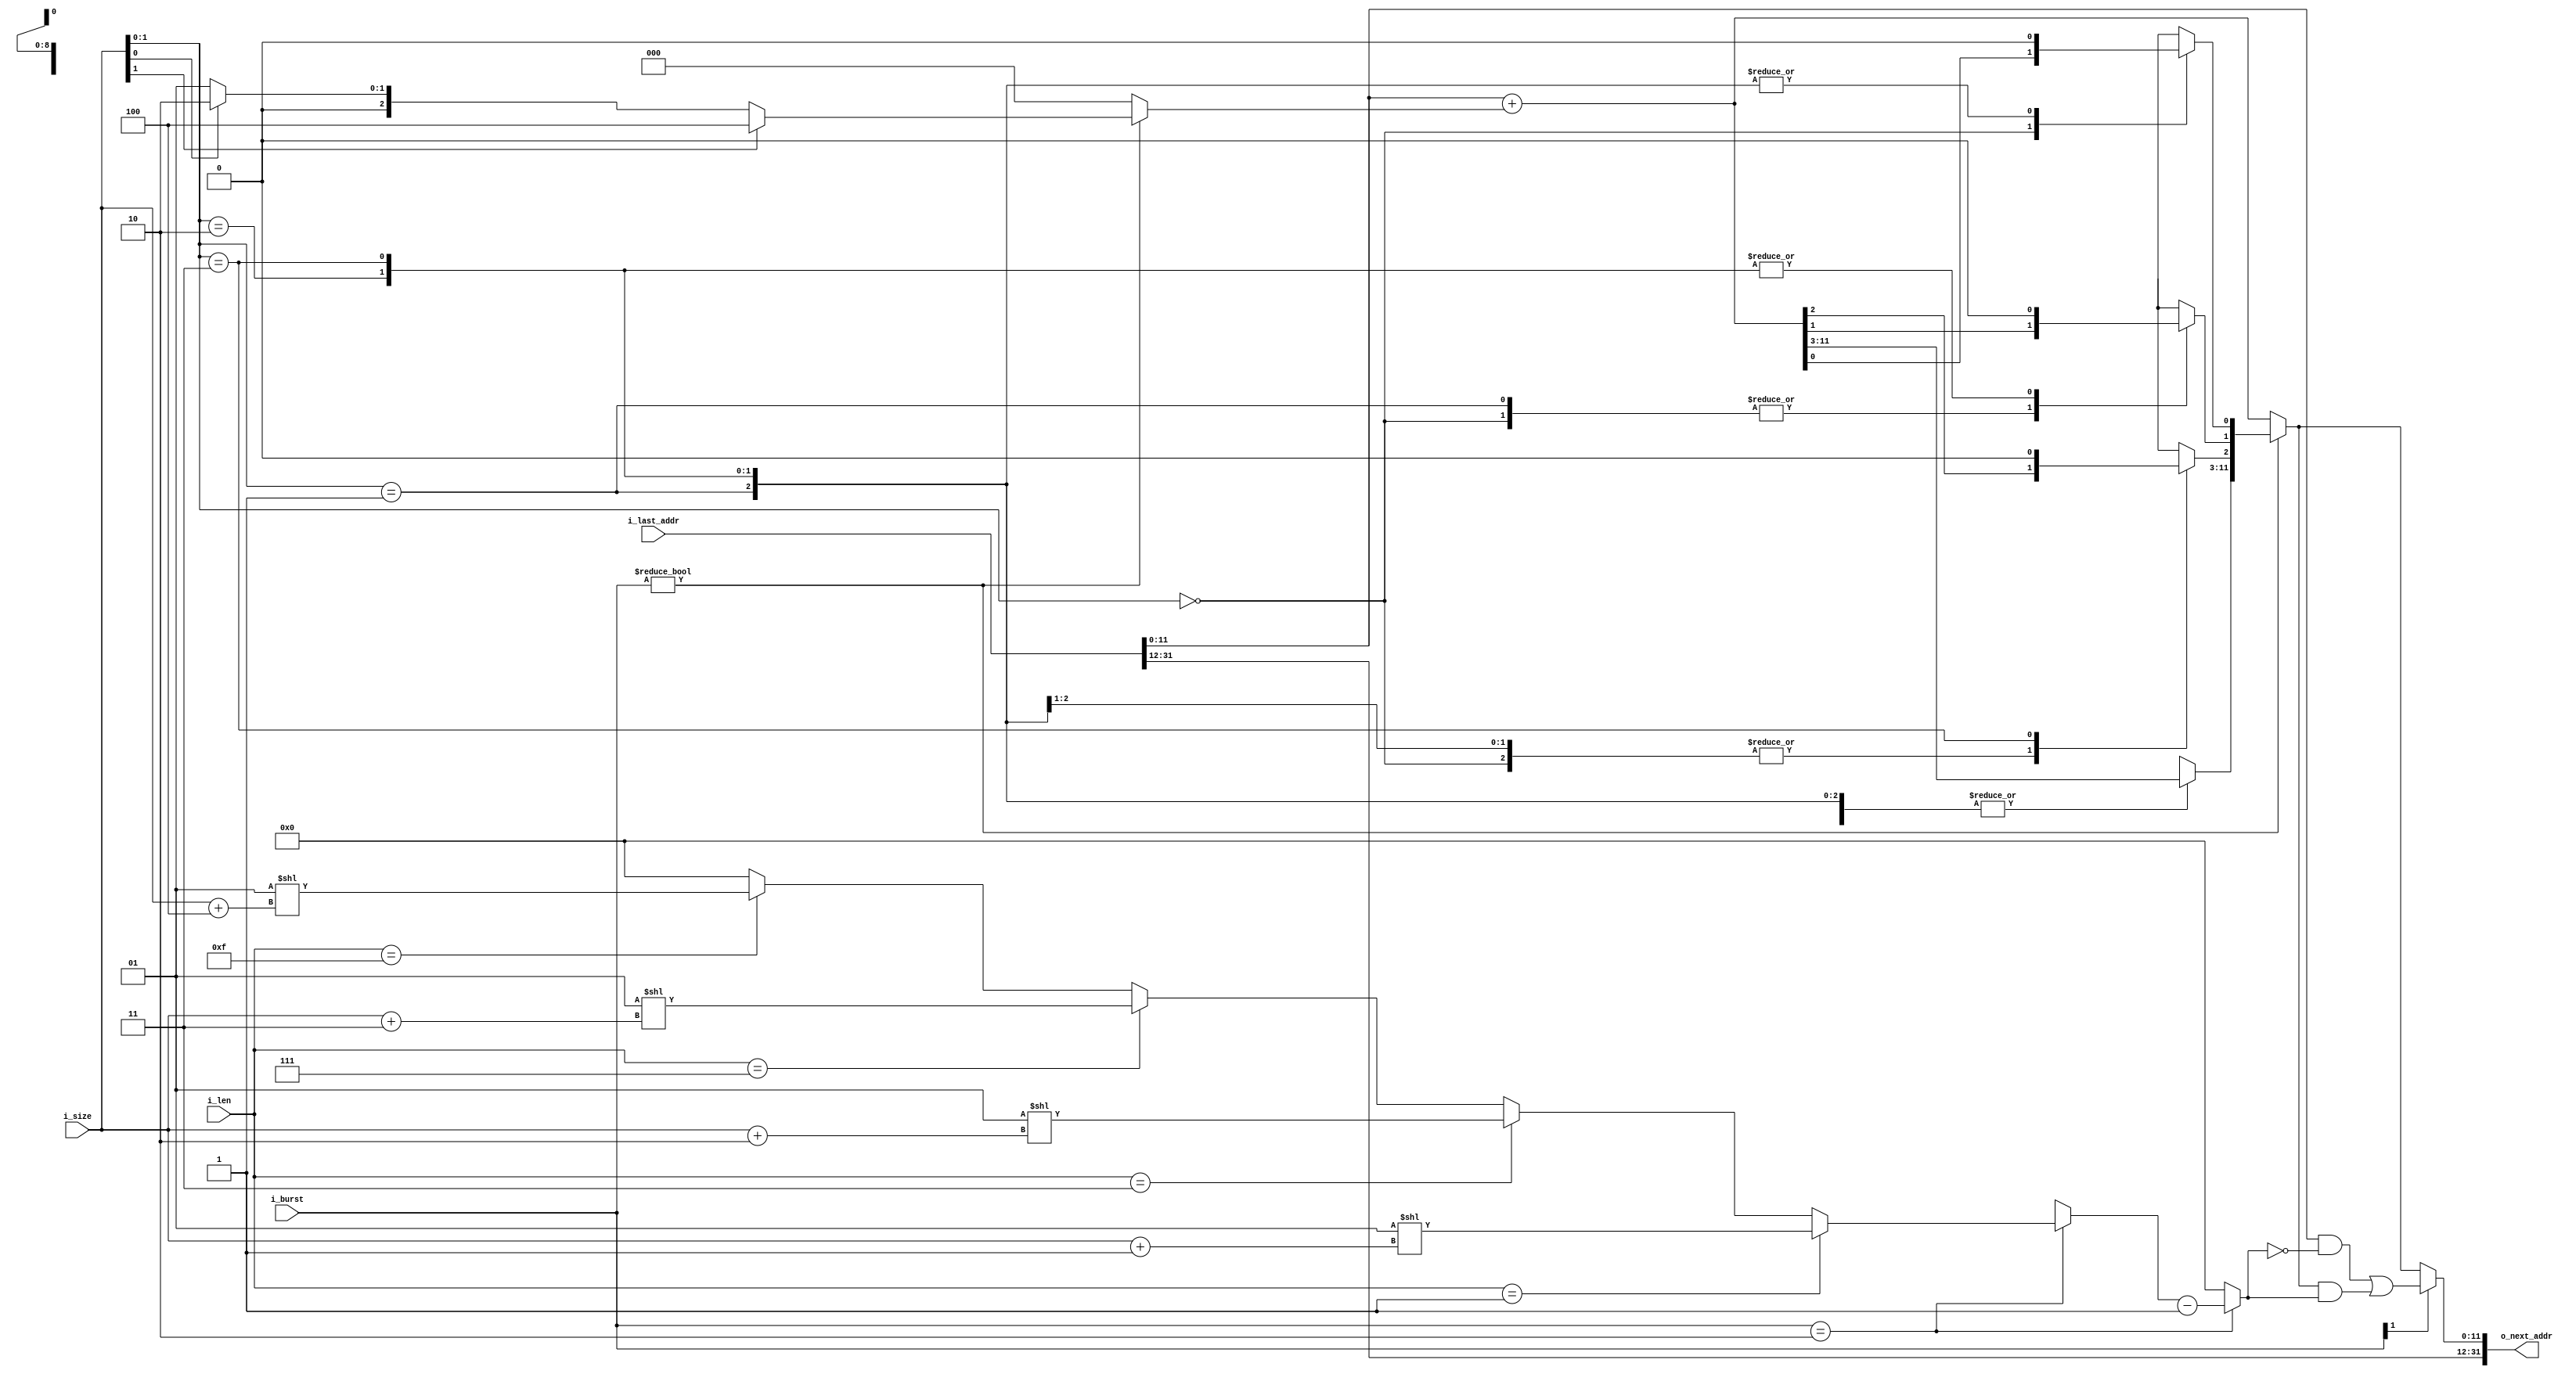
module axi_addr #(
    parameter AW = 32,
    parameter DW = 32
)(
    input  [AW-1 : 0] i_last_addr,
    input  [2 : 0]    i_size,
    input  [1 : 0]    i_burst,
    input  [7 : 0]    i_len,
    output [AW-1 : 0] o_next_addr
);

localparam DSZ = $clog2(DW) - 3;

localparam FIXED     = 2'b00,
           INCREMENT = 2'b01,
           WRAP      = 2'b10;

reg [AW-1 : 0] wrap_mask, increment;
reg [AW-1 : 0] o_next_addr;

// increment
always @(*) begin
    increment = 0;
    if (i_burst != FIXED) begin
        if (DSZ == 0) begin
            increment = 1;
        end
        else if (DSZ == 1) begin
            increment = i_size[0] ? 2 : 1;
        end
        else if (DSZ == 2) begin
            increment = i_size[1] ? 4 : (i_size[0] ? 2 : 1);
        end
        else if (DSZ == 4) begin
            case (i_size[1 : 0])
                2'b00: increment = 1;
                2'b01: increment = 2;
                2'b10: increment = 4;
                2'b11: increment = 8;
            endcase
        end
        else begin
            increment = (1 << i_size);
        end
    end
end

// wrap_mask
always @(*) begin
    wrap_mask = 'b0;
    if (i_burst == WRAP) begin
        if (i_len == 1) begin
            wrap_mask = (1 << (i_size + 1));
        end
        else if (i_len == 3) begin
            wrap_mask = (1 << (i_size + 2));
        end
        else if (i_len == 7) begin
            wrap_mask = (1 << (i_size + 3));
        end
        else if (i_len == 15) begin
            wrap_mask = (1 << (i_size + 4));
        end

        wrap_mask = wrap_mask - 1;

        if (AW > 12) begin
            wrap_mask[(AW-1) : ((AW >12) ? 12 : (AW-1))] = 'b0;
        end
    end
end

// next_addr, aligned addess
always @(*) begin
    o_next_addr = i_last_addr + increment;
    if (i_burst != FIXED) begin
        if (DSZ < 2) begin
            o_next_addr = i_size[0];
        end
        else if (DSZ < 4) begin
            case(i_size[1 : 0]) 
                2'b00: o_next_addr        = o_next_addr;
                2'b01: o_next_addr[0]     = 1'b0;
                2'b10: o_next_addr[1 : 0] = 'b0;
                2'b11: o_next_addr[2 : 0] = 'b0;
            endcase
        end
        else begin
            case(i_size) 
                3'b000: o_next_addr        = o_next_addr;
                3'b001: o_next_addr[0]     = 1'b0;
                3'b010: o_next_addr[1 : 0] = 'b0;
                3'b011: o_next_addr[2 : 0] = 'b0;
                3'b100: o_next_addr[3 : 0] = 'b0;
                3'b101: o_next_addr[4 : 0] = 'b0;
                3'b110: o_next_addr[5 : 0] = 'b0;
                3'b111: o_next_addr[6 : 0] = 'b0;
            endcase
        end
    end
    if (i_burst[1]) begin
        o_next_addr = (i_last_addr & ~wrap_mask) | (o_next_addr & wrap_mask);
    end
    if (AW > 12) begin
        o_next_addr[(AW-1) : ((AW >12) ? 12 : (AW-1))] = i_last_addr[(AW-1) : ((AW >12) ? 12 : (AW-1))];
    end
end

endmodule